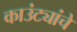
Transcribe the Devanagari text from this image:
काउंट्यांचे